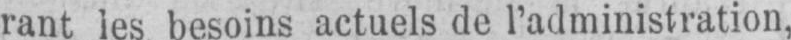
rant les besoins actuels de l’administration,